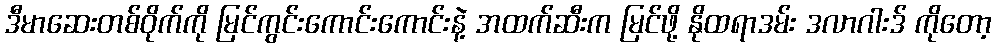
ဒီမာဆေးတစ်ဝိုက်ကို မြင်ကွင်းကောင်းကောင်းနဲ့ အထက်ဆီးက မြင်ဖို့ နိုထရာဒမ်း ဒလာဂါးဒ် ကိုတော့